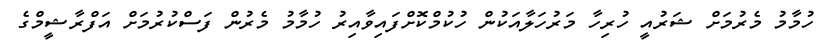
ހުމާމު މެރުމަށް ޝަރުއީ ހުރިހާ މަރުހަލާއަކުން ހުކުމްކޮށްފައިވާއިރު ހުމާމު މެރުން ފަސްކުުރުމަށް އަފްރާޝީމްގެ